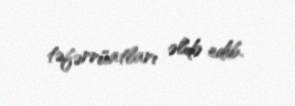
təfərrüatları əldə edib.